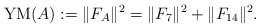
\begin{align*}{\rm YM}(A) := \Vert F_{A}\Vert^{2} =\Vert F_7\Vert^{2} +\Vert F_{14}\Vert^{2}.\end{align*}